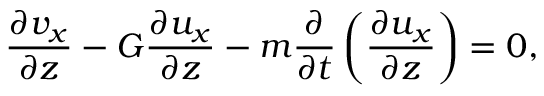
\frac { \partial v _ { x } } { \partial z } - G \frac { \partial u _ { x } } { \partial z } - m \frac { \partial } { \partial t } \left( \frac { \partial u _ { x } } { \partial z } \right) = 0 ,